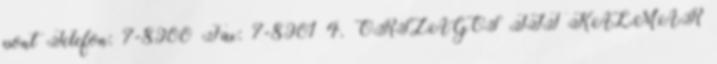
pont Telefon: 7-8900 Fax: 7-8901 4. ORSZÁGOS TIT KALMÁR